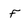
Character: F